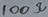
Text: 100Ω